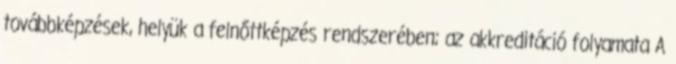
továbbképzések, helyük a felnőttképzés rendszerében; az akkreditáció folyamata A